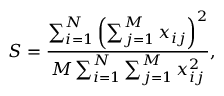
S = \frac { \sum _ { i = 1 } ^ { N } \left( \sum _ { j = 1 } ^ { M } x _ { i j } \right) ^ { 2 } } { M \sum _ { i = 1 } ^ { N } \sum _ { j = 1 } ^ { M } x _ { i j } ^ { 2 } } ,